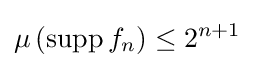
\mu \left(\operatorname {supp} f_{n}\right)\leq 2^{n+1}